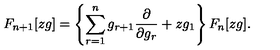
F _ { n + 1 } [ z g ] = \left\{ \sum _ { r = 1 } ^ { n } g _ { r + 1 } \frac { \partial } { \partial g _ { r } } + z g _ { 1 } \right\} F _ { n } [ z g ] .